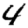
Digit: 4